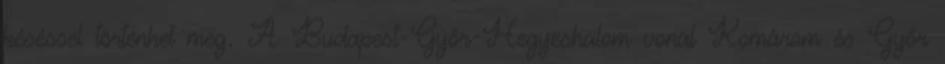
késéssel történhet meg. A Budapest-Győr-Hegyeshalom vonal Komárom és Győr